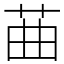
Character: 䒼